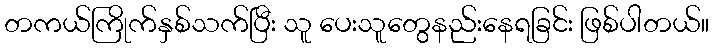
တကယ်ကြိုက်နှစ်သက်ပြီး သူ ပေးသူတွေနည်းနေရခြင်း ဖြစ်ပါတယ်။